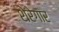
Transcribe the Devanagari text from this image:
शेरेगार